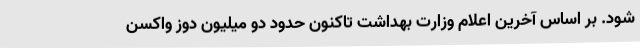
شود. بر اساس آخرین اعلام وزارت بهداشت تاکنون حدود دو میلیون دوز واکسن